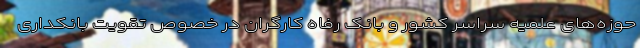
حوزه‌های علمیه سراسر کشور و بانک رفاه کارگران در خصوص تقویت بانکداری